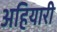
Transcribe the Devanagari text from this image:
अहियारी